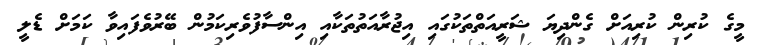
މީގެ ކުރިން ކުރިއަށް ގެންދިޔަ ޝަރީއަތްތަކުގައި އިޖުރާއަތުތަކާއި އިންސާފުވެރިކަމުން ބޭރުވެފައިވާ ކަމަށް ޑެލީ